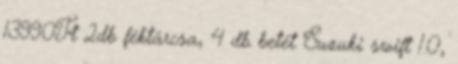
13990Ft 2db féktárcsa, 4 db betét Suzuki swift 1.0,